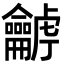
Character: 𪛍